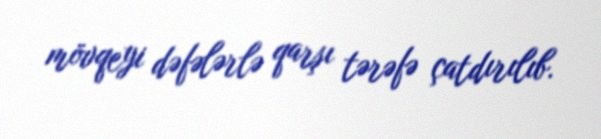
mövqeyi dəfələrlə qarşı tərəfə çatdırılıb.